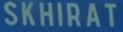
SKHIRAT